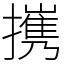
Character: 㩗